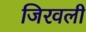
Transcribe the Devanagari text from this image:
जिरवली